Document type: Sale
Year: 1305
Scribe: Bernat de Vilarúbia
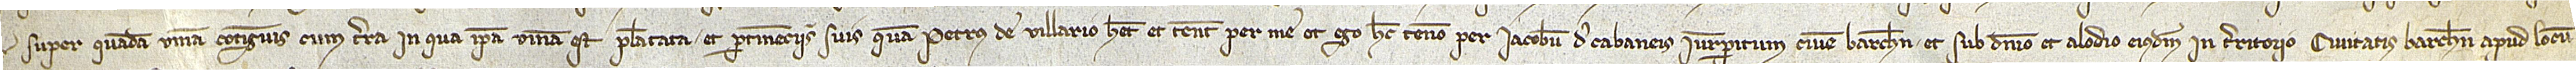
super quadam vinea contiguis, cum terra in qua ipsa vinea est plantata, et pertinenciis suis, quam Petrus de Villario habet et tenet per me et ego hec teneo per Iacobum de Cabaneis, iurisperitum, civem Barchinone, et sub dominio et alodio eiusdem, in territorio civitatis Barchinone, apud locum